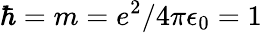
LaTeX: \hbar=m=e^{2}/4\pi\epsilon_{0}=1